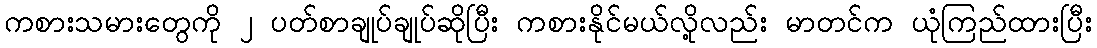
ကစားသမားတွေကို ၂ ပတ်စာချုပ်ချုပ်ဆိုပြီး ကစားနိုင်မယ်လို့လည်း မာတင်က ယုံကြည်ထားပြီး